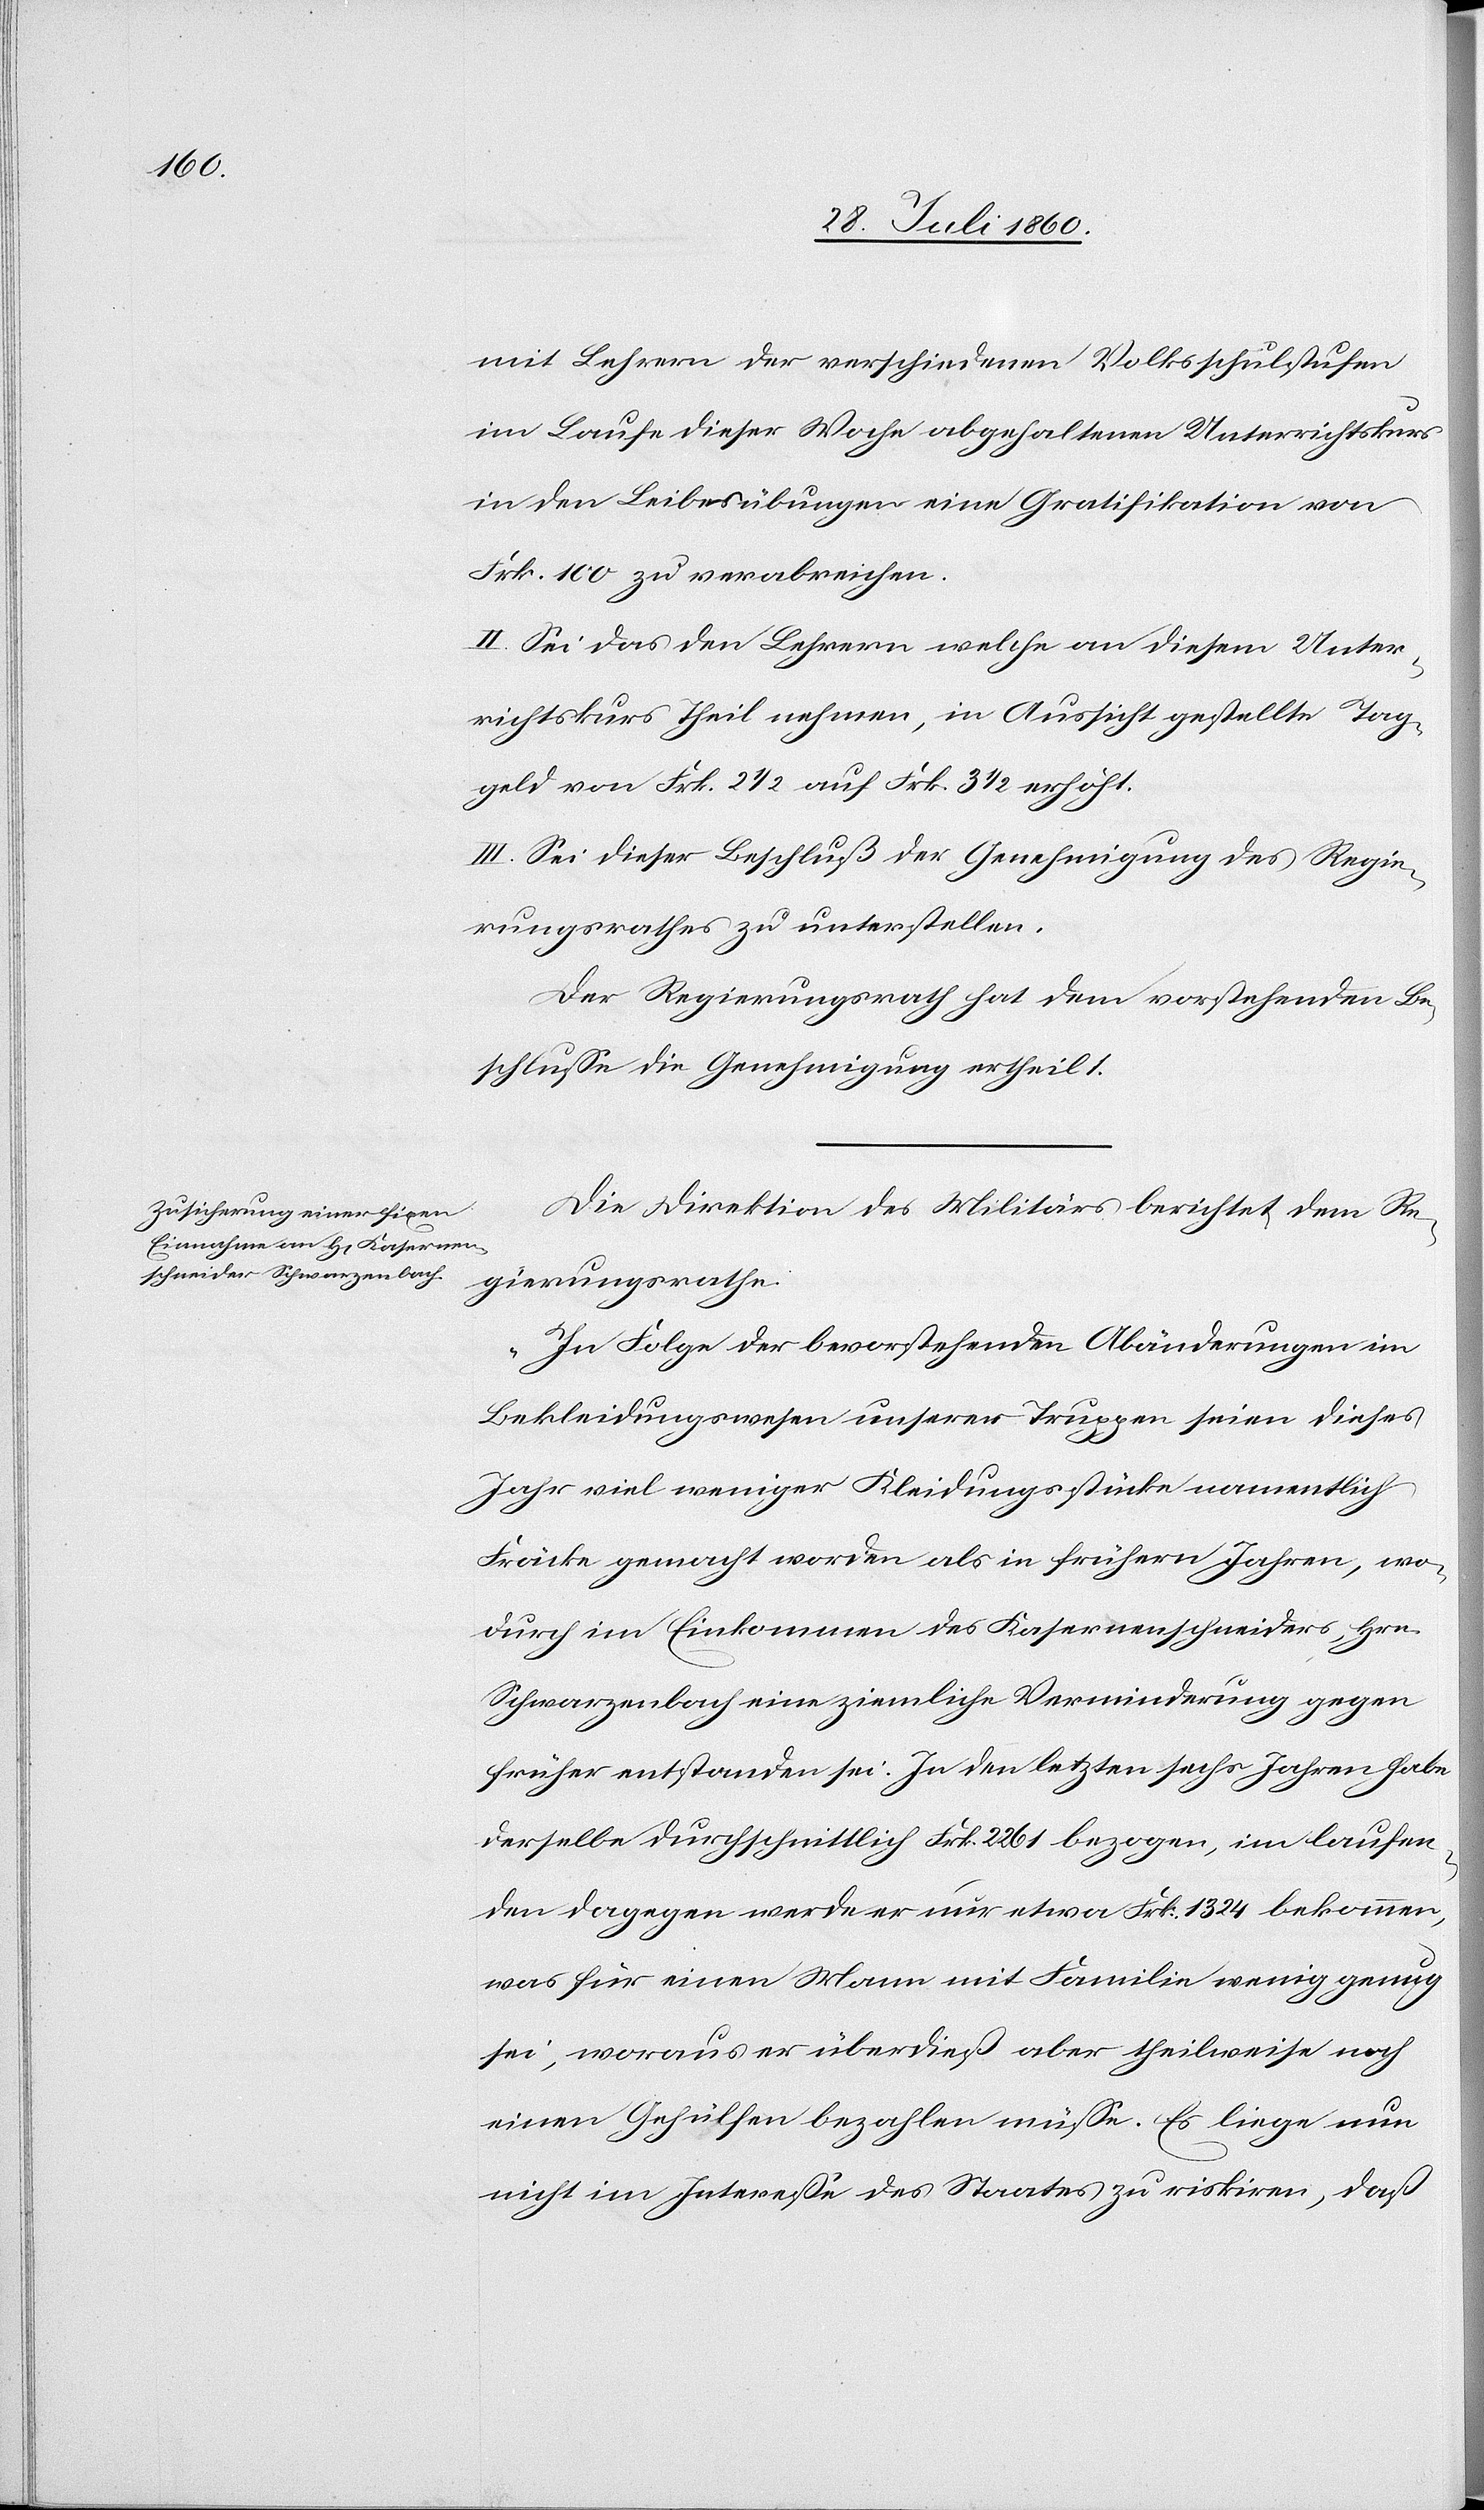
mit Lehrern der verschiedenen Volksschulen
im Laufe dieser Woche abgehaltenen Unterrichtskurs
in den Leibesübungen eine Gratifikation von
fcs. 100 zu verabreichen.
II. Sei das den Lehrern, welche an diesem Unter¬
richtskurs Theil nehmen, in Aussicht gestellte Tag¬
geld von fcs. 2 1/2 auf Frk. 3 1/2 erhöht.
III. Sei dieser Beschluß der Genehmigung des Regie¬
rungsrathes zu unterstellen.
Der Regierungsrath hat dem vorstehenden Be¬
schlusse die Genehmigung ertheilt.
Die Direktion des Militärs berichtet dem Re¬
gierungsrathe:
„In Folge der bevorstehenden Abänderungen im
Bekleidungswesen unserer Truppen seien dieses
Jahr viel weniger Kleidungsstücke namentlich
Fräcke gemacht worden als in frührern Jahren, wo¬
durch im Einkommen des Casernenschneiders, Hrn.
Schwarzenbach eine ziemliche Verminderung gegen
früher entstanden sei. In den letzten sechs Jahren habe
derselbe durchschnittlich fcs. 2261 bezogen, im laufen¬
den dagegen werde er nur etwa fcs. 1324 bekommen,
was für einen Mann mit Familie wenig genug
sei, woraus er überdiess aber theilweise noch
einen Gehülfen bezahlen müsse. Es liege nun
nicht im Interesse des Staates zu risquiren, dass